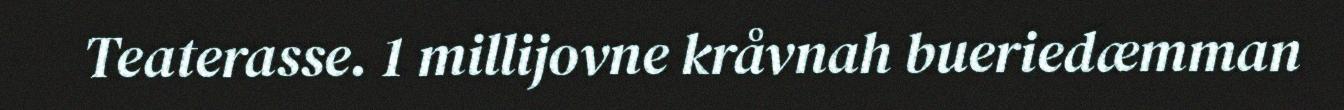
Teaterasse. 1 millijovne kråvnah bueriedæmman